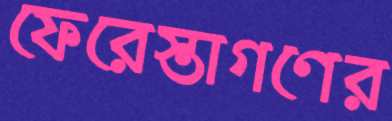
ফেরেস্তাগণের